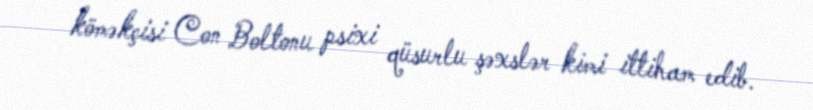
köməkçisi Con Boltonu psixi qüsurlu şəxslər kimi ittiham edib.